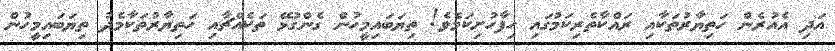
އަދި އެއުރެން ހަތިޔާރުތަކާއި ރައްކާތެރިކަމުގައި ހިފާހުށިކަމެވެ! ތިޔަބައިމީހުން ގެންގުޅޭ ތަކެއްޗާއި ހަތިޔާރުތަކާމެދު ތިޔަބައިމީހުން